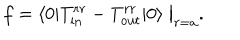
f = \langle 0 | T _ { \mathrm { i n } } ^ { r r } - T _ { \mathrm { o u t } } ^ { r r } | 0 \rangle \bigm | _ { r = a } .